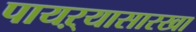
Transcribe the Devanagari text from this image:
पायऱ्यासारखा